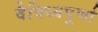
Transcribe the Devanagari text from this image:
वैविध्यपूर्णा